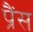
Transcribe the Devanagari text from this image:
प्रैंस